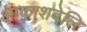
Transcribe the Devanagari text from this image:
आकाशबेलि